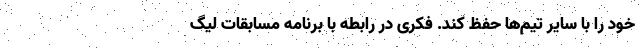
خود را با سایر تیم‌ها حفظ کند. فکری در رابطه با برنامه مسابقات لیگ